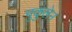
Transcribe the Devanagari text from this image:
मुकुलेन